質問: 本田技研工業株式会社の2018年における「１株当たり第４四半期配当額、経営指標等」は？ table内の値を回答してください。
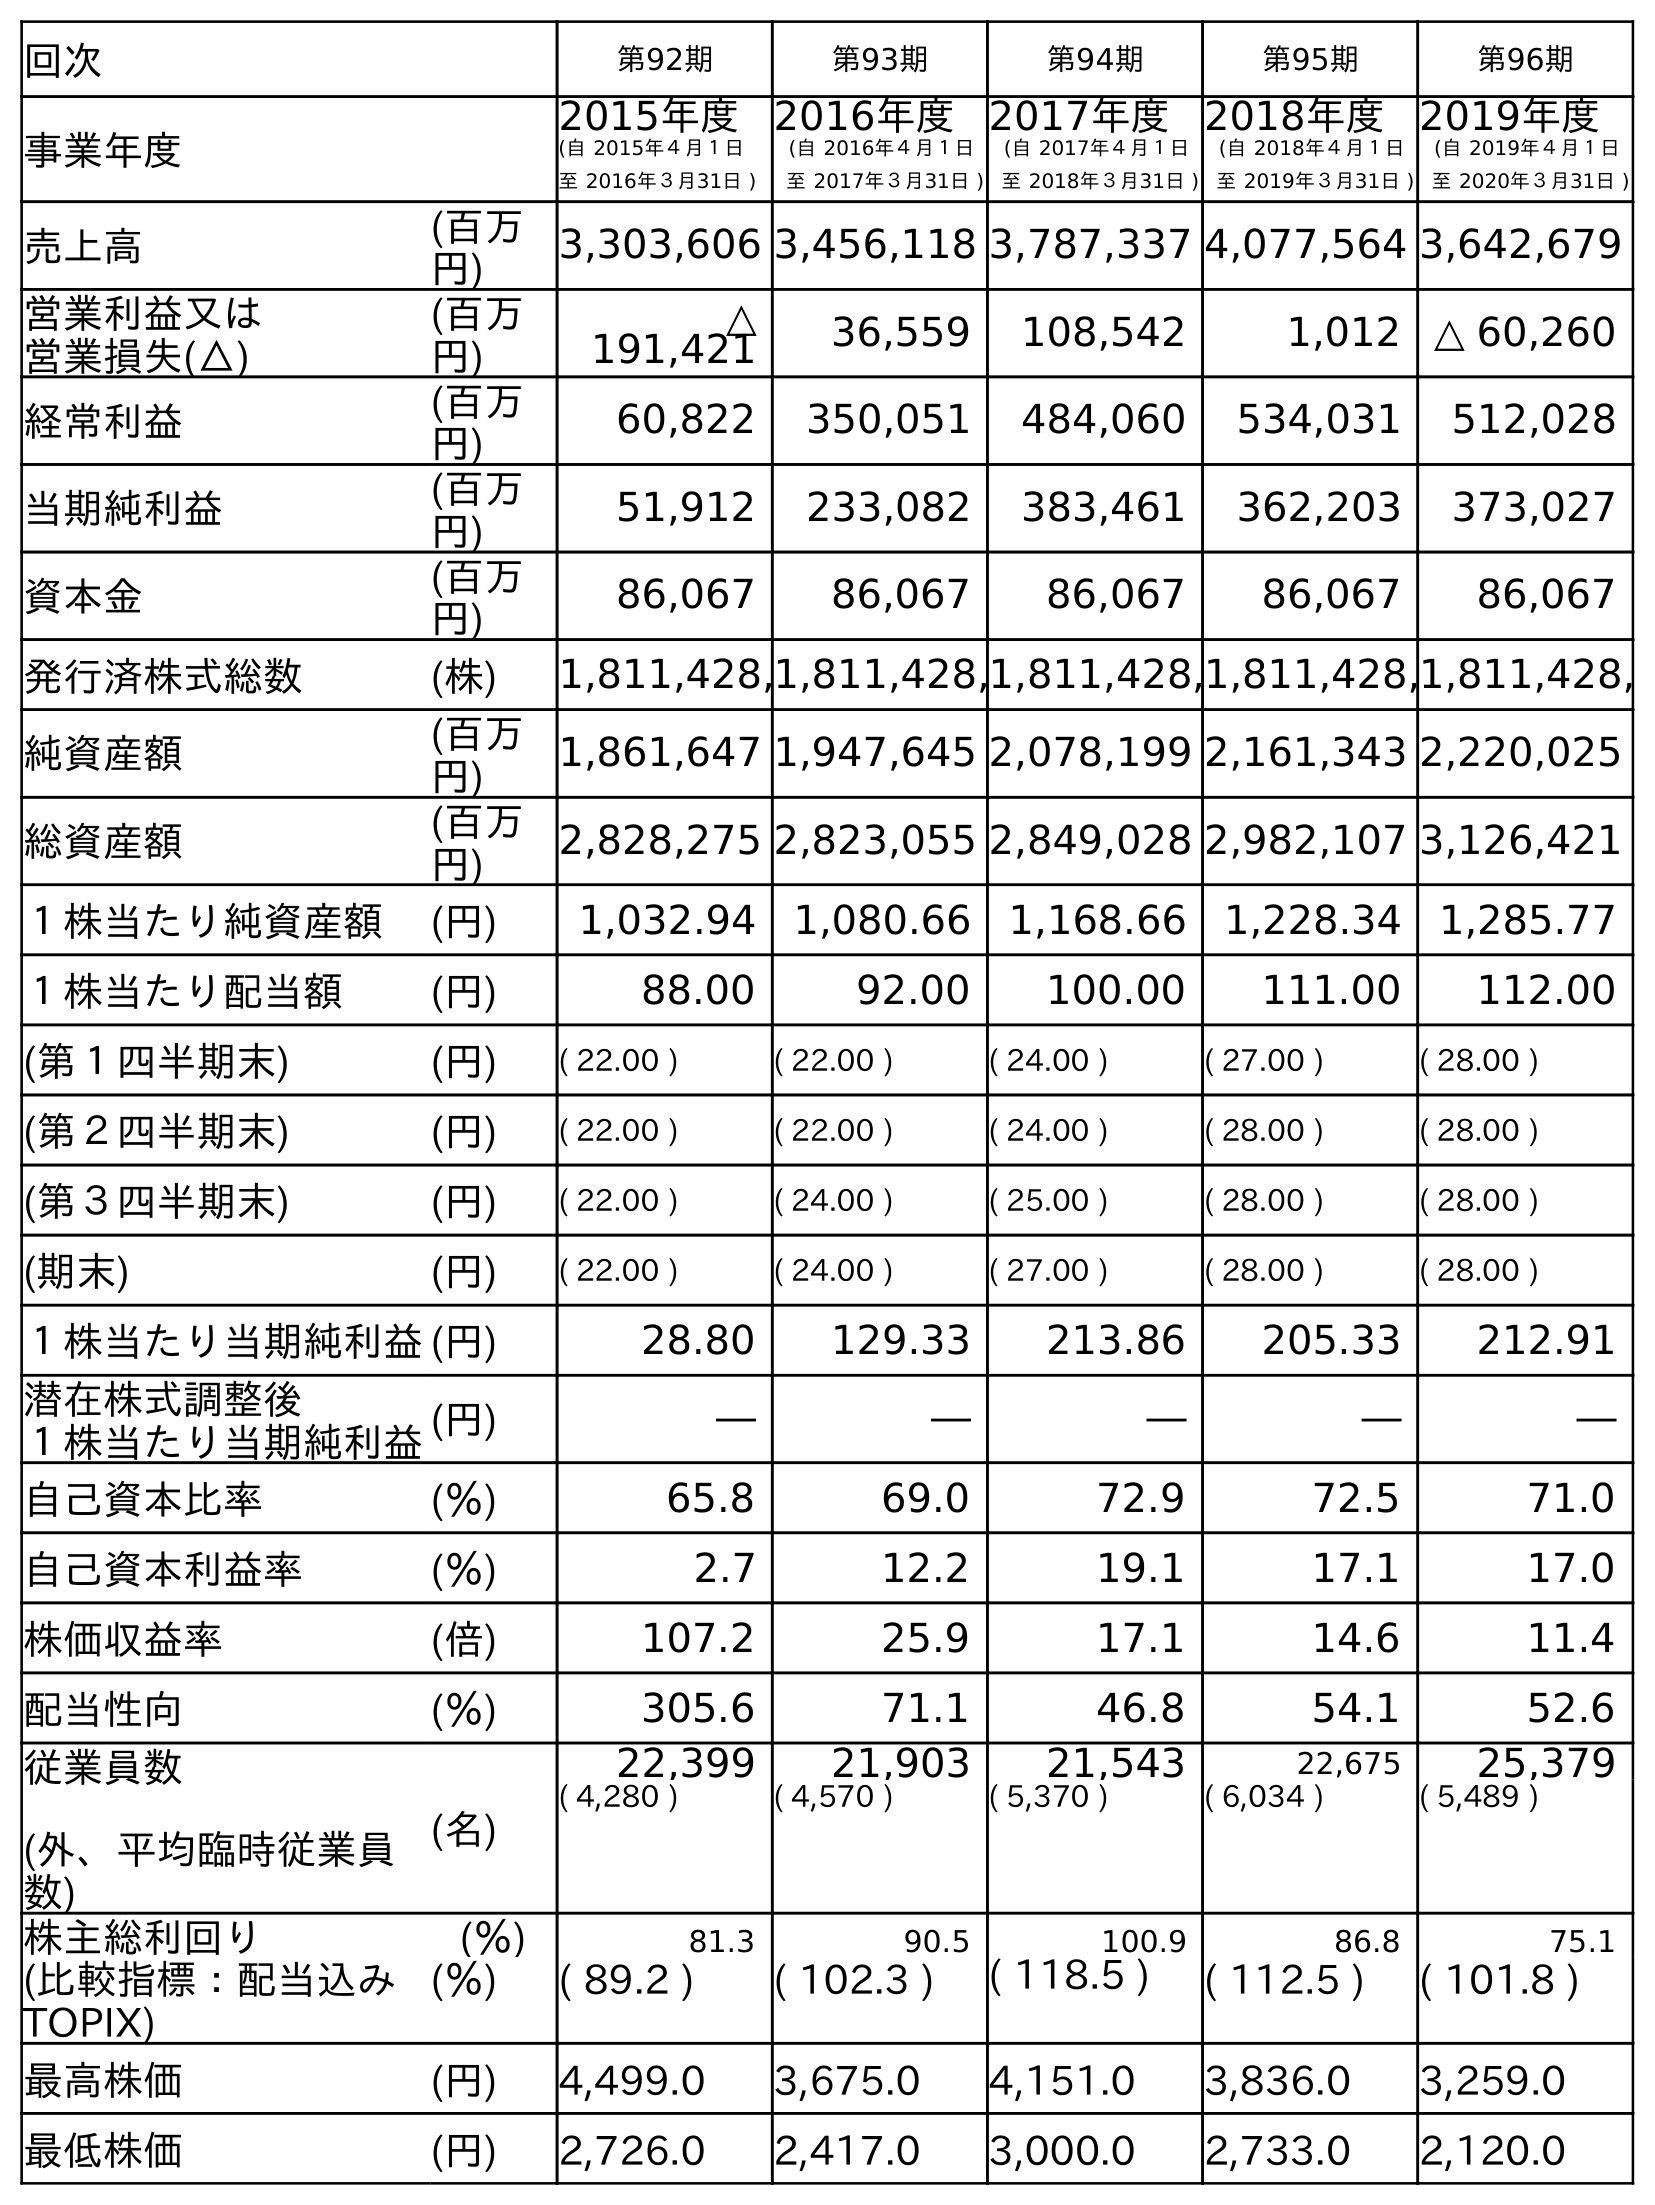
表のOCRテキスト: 回次 第92期 第93期 第94期 第95期 第96期 事業年度 2015年度 (自 2015年４月１日 至 2016年３月31日 ) 2016年度 (自 2016年４月１日 至 2017年３月31日 ) 2017年度 (自 2017年４月１日 至 2018年３月31日 ) 2018年度 (自 2018年４月１日 至 2019年３月31日 ) 2019年度 (自 2019年４月１日 至 2020年３月31日 ) 売上高 (百万 円) 3,303,606 3,456,118 3,787,337 4,077,564 3,642,679 営業利益又は 営業損失(△) (百万 円) △ 191,421 36,559 108,542 1,012 △ 60,260 経常利益 (百万 円) 60,822 350,051 484,060 534,031 512,028 当期純利益 (百万 円) 51,912 233,082 383,461 362,203 373,027 資本金 (百万 円) 86,067 86,067 86,067 86,067 86,067 発行済株式総数 (株) 1,811,428,1,811,428,1,811,428,1,811,428,1,811,428, 純資産額 (百万 円) 1,861,647 1,947,645 2,078,199 2,161,343 2,220,025 総資産額 (百万 円) 2,828,275 2,823,055 2,849,028 2,982,107 3,126,421 １株当たり純資産額 (円) 1,032.94 1,080.66 1,168.66 1,228.34 1,285.77 １株当たり配当額 (円) 88.00 92.00 100.00 111.00 112.00 (第１四半期末) (円) ( 22.00 ) ( 22.00 ) ( 24.00 ) ( 27.00 ) ( 28.00 ) (第２四半期末) (円) ( 22.00 ) ( 22.00 ) ( 24.00 ) ( 28.00 ) ( 28.00 ) (第３四半期末) (円) ( 22.00 ) ( 24.00 ) ( 25.00 ) ( 28.00 ) ( 28.00 ) (期末) (円) ( 22.00 ) ( 24.00 ) ( 27.00 ) ( 28.00 ) ( 28.00 ) １株当たり当期純利益(円) 28.80 129.33 213.86 205.33 212.91 潜在株式調整後 １株当たり当期純利益(円) ― ― ― ― ― 自己資本比率 (％) 65.8 69.0 72.9 72.5 71.0 自己資本利益率 (％) 2.7 12.2 19.1 17.1 17.0 株価収益率 (倍) 107.2 25.9 17.1 14.6 11.4 配当性向 (％) 305.6 71.1 46.8 54.1 52.6 従業員数 (外、平均臨時従業員 数) (名) 22,399 21,903 21,543 22,675 25,379 ( 4,280 ) ( 4,570 ) ( 5,370 ) ( 6,034 ) ( 5,489 ) 株主総利回り (％) 81.3 90.5 100.9 86.8 75.1 (比較指標：配当込み TOPIX) (％) ( 89.2 ) ( 102.3 ) ( 118.5 ) ( 112.5 ) ( 101.8 ) 最高株価 (円) 4,499.0 3,675.0 4,151.0 3,836.0 3,259.0 最低株価 (円) 2,726.0 2,417.0 3,000.0 2,733.0 2,120.0
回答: (27.00)